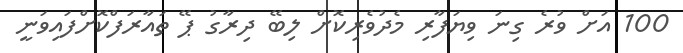
100 އަށް ވުރެ ގިނަ ވިޔަފާރި މެދުވެރިކޮށް ލިބޭ ދިރާގު ޕޭ ތައާރަފްކޮށްފައިވަނީ